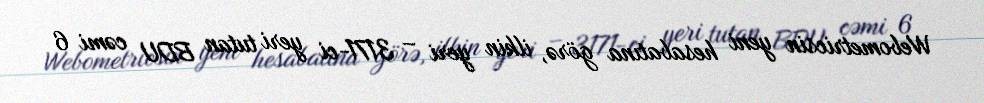
Webometricsin yeni hesabatına görə, ilkin yeri – 3171-ci yeri tutan BDU cəmi 6